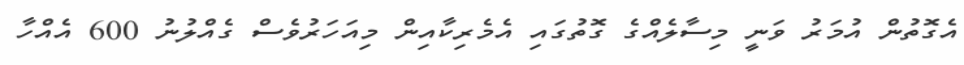
އެގޮތުން އުމަރު ވަނީ މިސާލެއްގެ ގޮތުގައި އެމެރިކާއިން މިއަހަރުވެސް ގެއްލުނު 600 އެއްހާ